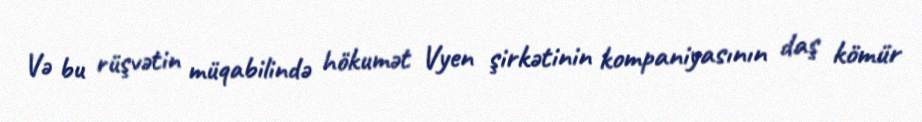
Və bu rüşvətin müqabilində hökumət Vyen şirkətinin kompaniyasının daş kömür